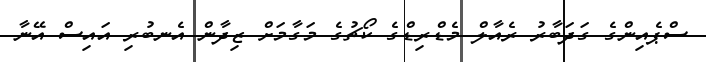
ސްޕެއިންގެ ގަދަބާރު ރެއާލް މެޑްރިޑްގެ ކޯޗުގެ މަގާމަށް ޒިދާން އެނބުރި އައިސް އޭނާ